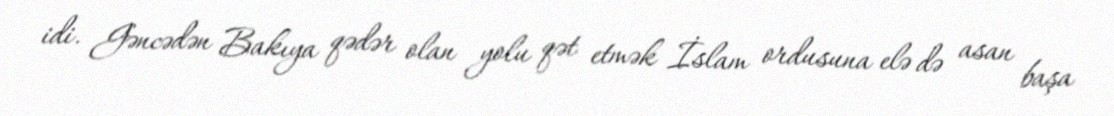
idi. Gəncədən Bakıya qədər olan yolu qət etmək İslam ordusuna elə də asan başa